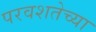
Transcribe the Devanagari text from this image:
परवशतेच्या